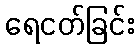
ရေငတ်ခြင်း